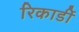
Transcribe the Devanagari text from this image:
रिकार्डी